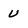
Character: U